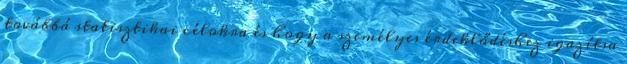
továbbá statisztikai célokra és hogy a személyes érdeklődéshez igazítsa